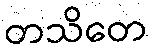
တသိတေ